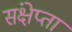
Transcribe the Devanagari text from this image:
संक्षेप्ता